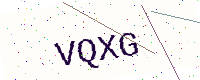
Text: VQXG